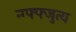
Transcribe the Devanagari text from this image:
न्ग्फ्फ्जुत्य